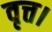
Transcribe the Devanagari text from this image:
वृत्त।